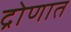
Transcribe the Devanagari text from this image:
द्रोणात